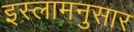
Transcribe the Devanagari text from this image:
इस्लामनुसार